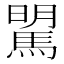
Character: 𩣶